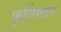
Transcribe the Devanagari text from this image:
फुलिंगटन